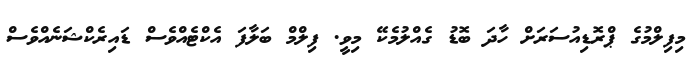
މިފިލްމުގެ ޕްރޮޑިއުސަރަށް ހާދަ ބޮޑު ގެއްލުމެކޭ މިވީ. ފިލްމް ބަލާފަ އެކްޓެއްވެސް ޑައިރެކްޝަނެއްވެސް